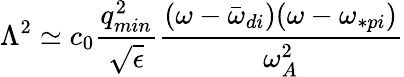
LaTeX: \Lambda^{2}\simeq c_{0}\frac{q_{min}^{2}}{\sqrt{\epsilon}}\frac{(\omega-\bar{\omega}_{di})(\omega-\omega_{\ast pi})}{\omega_{A}^{2}}